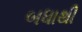
બધાથી